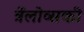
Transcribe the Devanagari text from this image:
त्रेंलोव्सकी